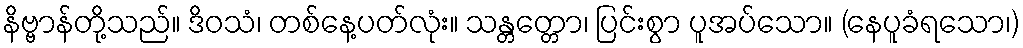
နိဗ္ဗာန်တို့သည်။ ဒိဝသံ၊ တစ်နေ့ပတ်လုံး။ သန္တတ္တော၊ ပြင်းစွာ ပူအပ်သော။ (နေပူခံရသော၊)